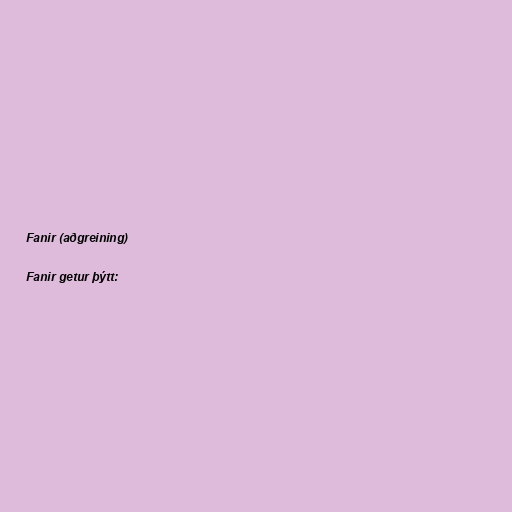
Fanir (aðgreining)

Fanir getur þýtt: